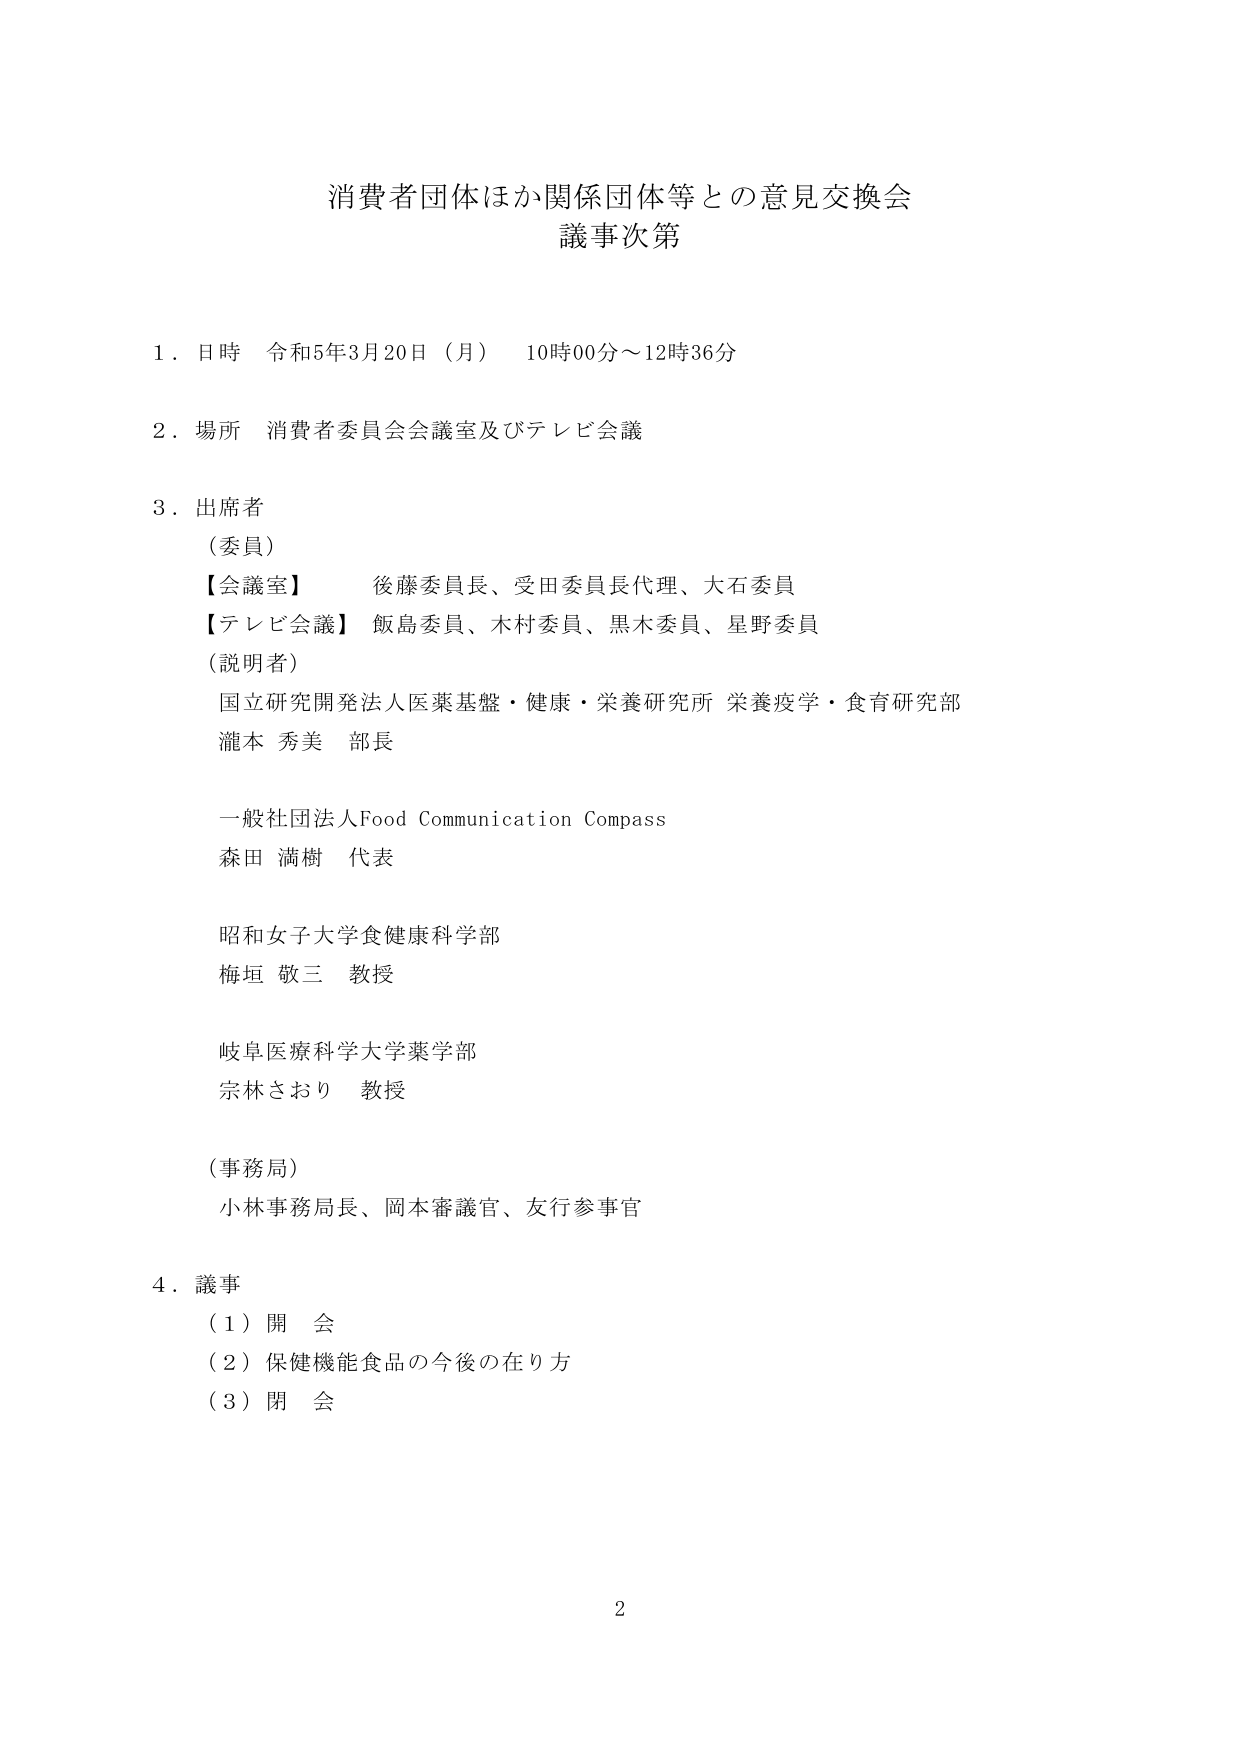
消費者団体ほか関係団体等との意見交換会
議事次第

１．日時　令和5年3月20日（月）　10時00分～12時36分

２．場所　消費者委員会会議室及びテレビ会議

３．出席者
　（委員）
　【会議室】　後藤委員長、受田委員長代理、大石委員
　【テレビ会議】　飯島委員、木村委員、黒木委員、星野委員
　（説明者）
　　国立研究開発法人医薬基盤・健康・栄養研究所 栄養疫学・食育研究部
　　瀧本 秀美　部長
　　一般社団法人Food Communication Compass
　　森田 満樹　代表
　　昭和女子大学食健康科学部
　　梅垣 敬三　教授
　　岐阜医療科学大学薬学部
　　宗林さおり　教授
　（事務局）
　　小林事務局長、岡本審議官、友行参事官

４．議事
　（１）開会
　（２）保健機能食品の今後の在り方
　（３）閉会

2